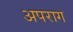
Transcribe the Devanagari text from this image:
अपराग